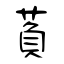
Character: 萯